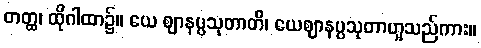
တတ္ထ၊ ထိုဂါထာ၌။ ယေ ဈာနပ္ပသုတာတိ၊ ယေဈာနပ္ပသုတာဟူသည်ကား။